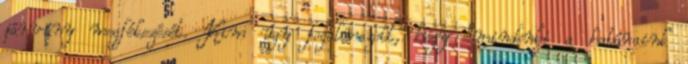
járvány megfékezését. Kim úgy fogalmazott, hogy "mindenki a határaink